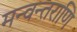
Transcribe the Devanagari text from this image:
मन्वन्तराणि